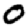
Digit: 0